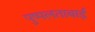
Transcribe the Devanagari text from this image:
पुष्पलताबाई